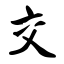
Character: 交